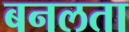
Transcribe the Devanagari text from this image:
बनलता